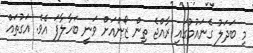
މި ބަދަލު ގެނައުމުގައި ރާއްޖެ ތިން ޒޯންއަށް ވަނީ ބަހާލާފަ އެވެ. އަގުތައް